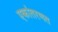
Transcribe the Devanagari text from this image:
एकांतरणत